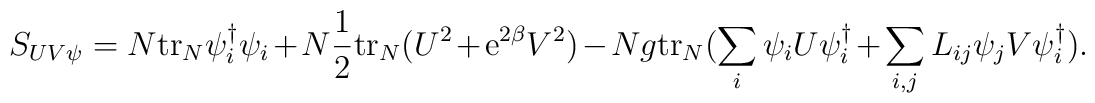
S_{UV\psi} =  N{\rm tr}_N\psi^{\dagger}_i\psi_i+N\frac{1}{2}{\rm tr}_N(U^2+{\rm e}^{2\beta}V^2) -Ng{\rm tr}_N(\sum_i \psi_iU\psi_i^{\dagger}+\sum_{i,j}L_{ij}\psi_jV\psi^{\dagger}_i).